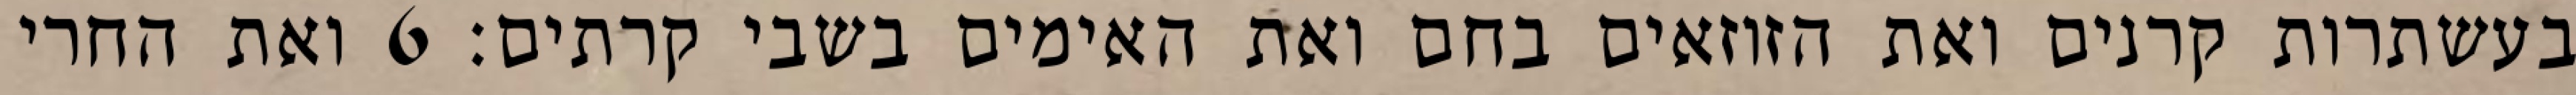
בעשתרות קרנים ואת הזוזאים בחם ואת האימים בשבי קרתים׃ ‎6‏ ואת החרי